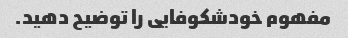
مفهوم خودشکوفایی را توضیح دهید.